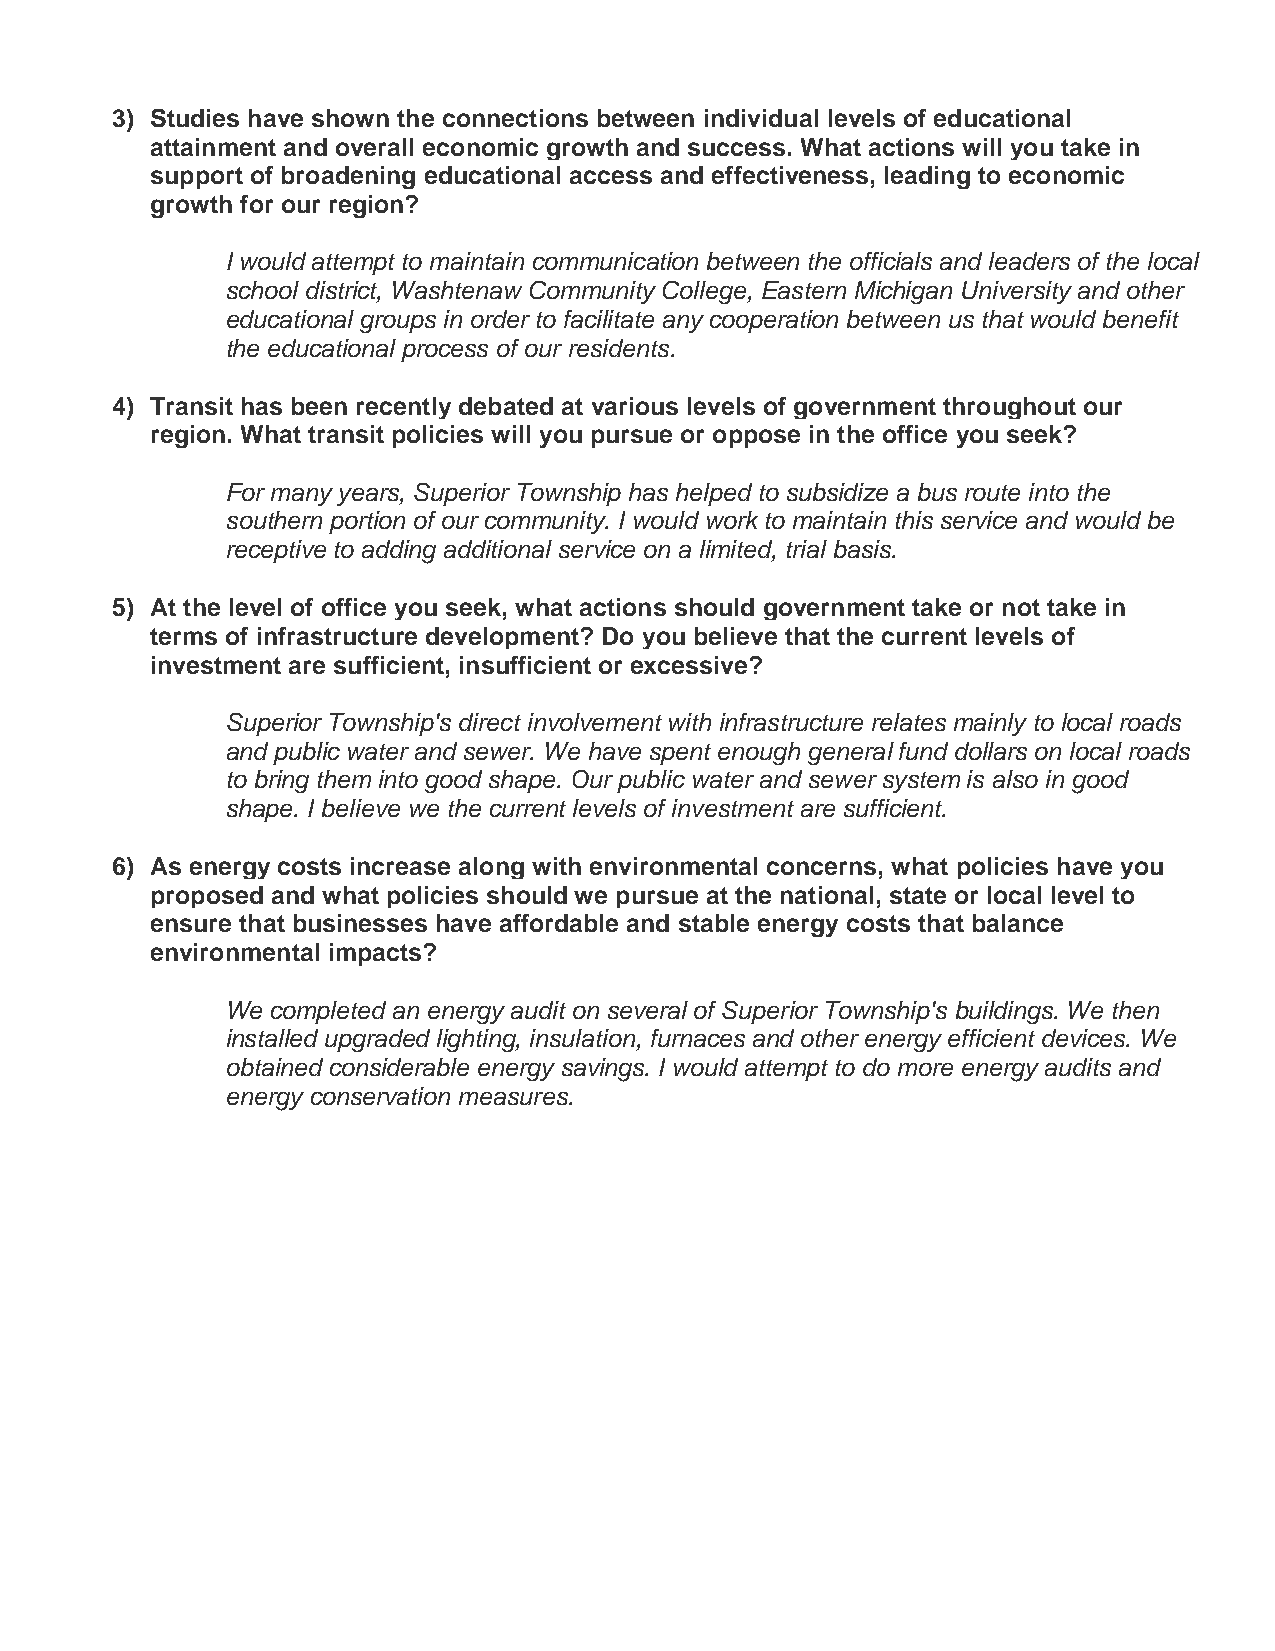
3) Studies have shown the connections between individual levels of educational
 attainment and overall economic growth and success. What actions will you take in
 support of broadening educational access and effectiveness, leading to economic
 growth for our region?
 I would attempt to maintain communication between the officials and leaders of the local
 school district, Washtenaw Community College, Eastern Michigan University and other
 educational groups in order to facilitate any cooperation between us that would benefit
 the educational process of our residents.
 4) Transit has been recently debated at various levels of government throughout our
 region. What transit policies will you pursue or oppose in the office you seek?
 For many years, Superior Township has helped to subsidize a bus route into the
 southern portion of our community. I would work to maintain this service and would be
 receptive to adding additional service on a limited, trial basis.
 5) At the level of office you seek, what actions should government take or not take in
 terms of infrastructure development? Do you believe that the current levels of
 investment are sufficient, insufficient or excessive?
 Superior Township's direct involvement with infrastructure relates mainly to local roads
 and public water and sewer. We have spent enough general fund dollars on local roads
 to bring them into good shape. Our public water and sewer system is also in good
 shape. I believe we the current levels of investment are sufficient.
 6) As energy costs increase along with environmental concerns, what policies have you
 proposed and what policies should we pursue at the national, state or local level to
 ensure that businesses have affordable and stable energy costs that balance
 environmental impacts?
 We completed an energy audit on several of Superior Township's buildings. We then
 installed upgraded lighting, insulation, furnaces and other energy efficient devices. We
 obtained considerable energy savings. I would attempt to do more energy audits and
 energy conservation measures.